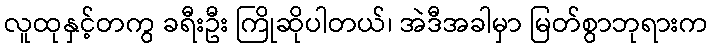
လူထုနှင့်တကွ ခရီးဦး ကြိုဆိုပါတယ်၊ အဲဒီအခါမှာ မြတ်စွာဘုရားက